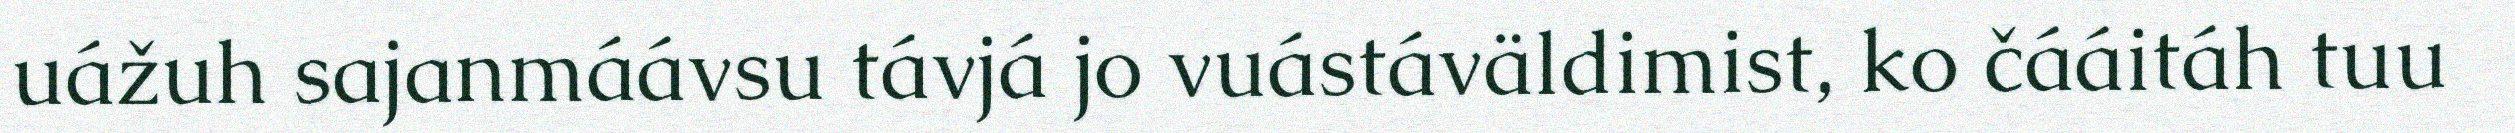
uážuh sajanmáávsu távjá jo vuástáväldimist, ko čááitáh tuu